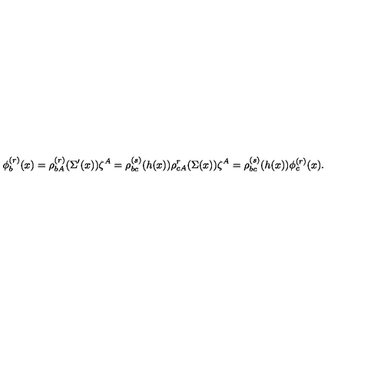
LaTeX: \phi _ { b } ^ { ( r ) } ( x ) = \rho _ { b A } ^ { ( r ) } ( \Sigma ^ { \prime } ( x ) ) \zeta ^ { A } = \rho _ { b c } ^ { ( s ) } ( h ( x ) ) \rho _ { c A } ^ { r } ( \Sigma ( x ) ) \zeta ^ { A } = \rho _ { b c } ^ { ( s ) } ( h ( x ) ) \phi _ { c } ^ { ( r ) } ( x ) .